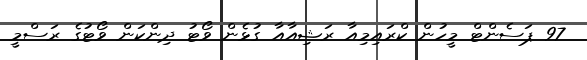
97 ޕަސެންޓް މީހުން ކްރައިމިއާ ރަޝިއާއާ ގުޅެން ވޯޓު ދިންކަން ވޯޓުގެ ރަސްމީ